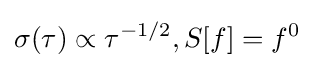
\sigma (\tau )\propto \tau ^{-1/2},S[f]=f^{0}